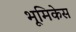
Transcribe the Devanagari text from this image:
भूमिकेस